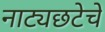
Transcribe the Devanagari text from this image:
नाट्यछटेचे